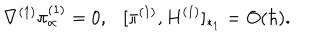
\nabla ^ { ( 1 ) } \pi _ { \alpha } ^ { ( 1 ) } = 0 , [ \pi ^ { ( 1 ) } , H ^ { ( 1 ) } ] _ { * _ { 1 } } = O ( \hbar ) .